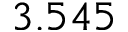
3 . 5 4 5